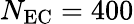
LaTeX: N_{\mathrm{EC}}=400